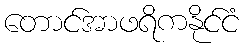
တောင်အာဖရိကနိုင်ငံ